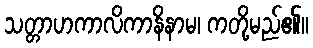
သတ္တာဟကာလိကာနိနာမ၊ ကတို့မည်၏။